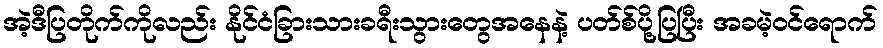
အဲ့ဒီပြတိုက်ကိုလည်း နိုင်ငံခြားသားခရီးသွားတွေအနေနဲ့ ပတ်စ်ပို့ပြပြီး အခမဲ့ဝင်ရောက်